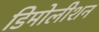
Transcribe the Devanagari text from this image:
डिमोलीशन